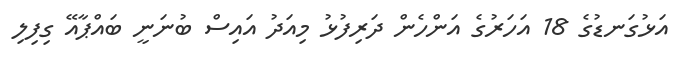
އަޅުގަނޑުގެ 18 އަހަރުގެ އަންހެން ދަރިފުޅު މިއަދު އައިސް ބުނަނީ ބައްޕާއޭ ގިފިލި